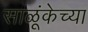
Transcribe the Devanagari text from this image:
साळूंकेच्या